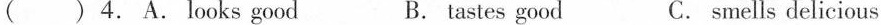
( ) 4. A.looks good B. tastes good C. smells delicious